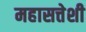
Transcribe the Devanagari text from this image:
महासत्तेशी